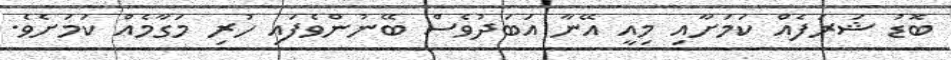
ބޮޑު ޝަރަފެއް ކަމަށާއި މިއީ އޭނާ އަބަދުވެސް ބޭނުންވެފައި ހުރި މަގާމެއް ކަމަށެވެ.